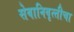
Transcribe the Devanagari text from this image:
सेवानिवृत्‍तीचा